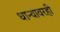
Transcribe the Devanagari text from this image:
धान्यावरही